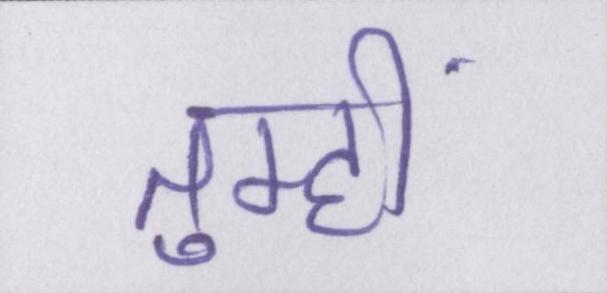
तुम्हीं